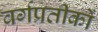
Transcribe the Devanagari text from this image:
वर्गप्रतीकों